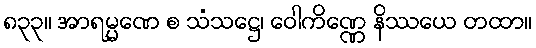
၈၃၃။ အာရမ္မဏေ စ သံသဋ္ဌေ၊ ဝေါကိဏ္ဏေ နိဿယေ တထာ။